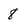
Character: 8